Report on lock hospitals in British Burma
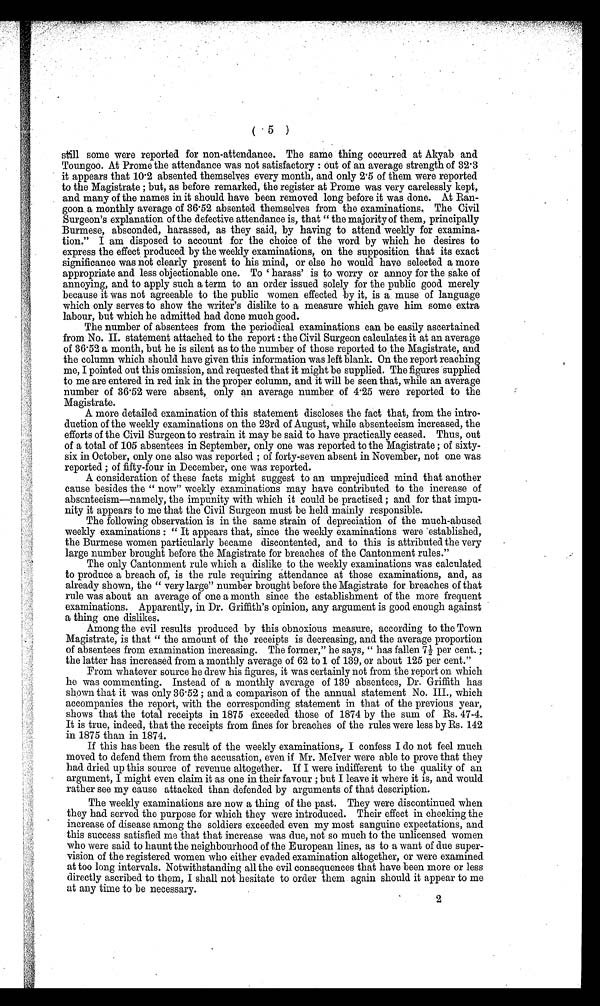
still some were reported for non-attendance. The same thing occurred at Akyab and
Toungoo. At Prome the attendance was not satisfactory : out of an average strength of 32.3
it appears that 10.2 absented themselves every month, and only 2.5 of them were reported
to the Magistrate ; but, as before remarked, the register at Prome was very carelessly kept,
and many of the names in it should have been removed long before it was done. At Ran-
goon a monthly average of 36.52 absented themselves from the examinations. The Civil
Surgeon's explanation of the defective attendance is, that " the majority of them, principally
Burmese, absconded, harassed, as they said, by having to attend weekly for examina-
tion." I am disposed to account for the choice of the word by which he desires to
express the effect produced by the weekly examinations, on the supposition that its exact
significance was not clearly present to his mind, or else he would have selected a more
appropriate and less objectionable one. To harass' is to worry or annoy for the sake of
annoying, and to apply such a term to an order issued solely for the public good merely
because it was not agreeable to the public women effected by it, is a. muse of language
which only serves to show the writer's dislike to a measure which gave him some extra
labour, but which he admitted had done much good.
The number of absentees from the periodical examinations can be easily ascertained
from No. II. statement attached to the report : the Civil Surgeon calculates it at an average
of 36.52 a month, but he is silent as to the number of those reported to, the Magistrate, and
the column which should have given this information was left blank. On the report reaching
me, I pointed out this omission, and requested that it might be supplied. The figures supplied
to me are entered in red ink in the proper column, and it will be seen that, while an average
number of 36.52 were absent, only an average number of 4.25 were reported to the
Magistrate.
A more detailed examination of this statement discloses the fact that, from the intro-
duction of the weekly examinations on the 23rd of August, while absenteeism increased, the
efforts of the Civil Surgeon to restrain it may be said to have practically ceased. Thus, out
of a total of 105 absentees in September, only one was reported to the Magistrate ; of sixty-
six in October, only one also was reported ; of forty-seven absent in November, not one was
reported ; of fifty-four in December, one was reported.
A consideration of these facts might suggest to an unprejudiced mind that another
cause besides the " now" weekly examinations may have contributed to the increase of
absenteeism—namely, the impunity with which it could be practised ; and for that impu-
nity it appears to me that the Civil Surgeon must be held mainly responsible.
The following observation is in the same strain of depreciation of the much-abused
weekly examinations : " It appears that, since the weekly examinations were established,
the Burmese women particularly became discontented, and to this is attributed the very
large number brought before the Magistrate for breaches of the Cantonment rules."
The only Cantonment rule which a dislike to the weekly examinations was calculated
to produce a breach of, is the rule requiring attendance at those examinations, and, as
already shown, the " very large" number brought before the Magistrate for breaches of that
rule was about an average of one a month since the establishment of the more frequent
examinations. Apparently, in Dr. Griffith's opinion, any argument is good enough against
a thing one dislikes.
Among the evil results produced by this obnoxious measure, according to the Town
Magistrate, is that " the amount of the receipts is decreasing, and the average proportion
of absentees from examination increasing. The former," he says, " has fallen 7½ per cent. ;
the latter has increased from a monthly average of 62 to 1 of 139, or about 125 per cent."
From whatever source he drew his figures, it was certainly not from the report on which
he was commenting. Instead of a monthly average of 139 absentees, Dr. Griffith has
shown that it was only 36.52; and a comparison of the annual statement No. III., which
accompanies the report, with the corresponding statement in that of the previous year,
shows that the total receipts in 1875 exceeded those of 1874 by the sum of Rs. 47-4.
It is true, indeed, that the receipts from fines for breaches of the rules were less by Rs. 142
in 1875 than in 1874.
If this has been the result of the weekly examinations, I confess I do not feel much
moved to defend them from the accusation, even if Mr. McIver were able to prove that they
had dried up this source of revenue altogether. If I were indifferent to the quality of an
argument, I might even claim it as one in their favour ; but I leave it where it is, and would
rather see my cause attacked than defended by arguments of that description.
The weekly examinations are now a thing of the past. They were discontinued when
they had served the purpose for which they were introduced. Their effect in checking the
increase of disease among the soldiers exceeded even my most sanguine expectations, and
this success satisfied me that that increase was due, not so much to the unlicensed women
who were said to haunt the neighbourhood of the European lines, as to a want of due super-
vision of the registered women who either evaded examination altogether, or were examined
at too long intervals. Notwithstanding all the evil consequences that have been more or less
directly ascribed to them, I shall not hesitate to order them again should it appear to me
at any time to be necessary.
2